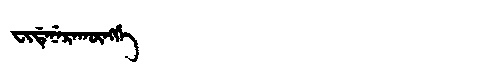
Manchu: ᠸᡳᡩᡝᠨᡝᡵᠠᡴᡡᠩᡤᡝ
Romanization: FIDENERAKŪNGGE